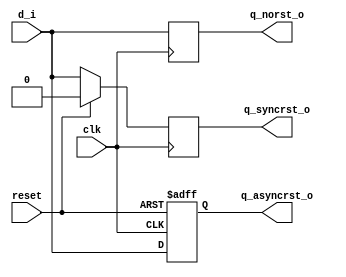

module day2 (q_asyncrst_o,q_syncrst_o,q_norst_o,d_i,clk,reset);
  input     clk, reset,d_i;
  output  reg   q_norst_o,q_syncrst_o,q_asyncrst_o;

  // No reset
  always @(posedge clk)
    q_norst_o <= d_i;

  // Sync reset
  always @(posedge clk)
    if (reset)
      q_syncrst_o <= 1'b0;
    else
      q_syncrst_o <= d_i;

  // Async reset
  always @(posedge clk or posedge reset)
    if (reset)
      q_asyncrst_o <= 1'b0;
    else
      q_asyncrst_o <= d_i;

endmodule